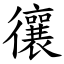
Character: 忀